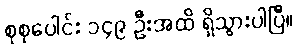
စုစုပေါင်း ၁၄၉ ဦးအထိ ရှိသွားပါပြီ။